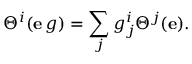
\Theta ^ { i } ( \mathbf { e } \, g ) = \sum _ { j } g _ { j } ^ { i } \Theta ^ { j } ( \mathbf { e } ) .